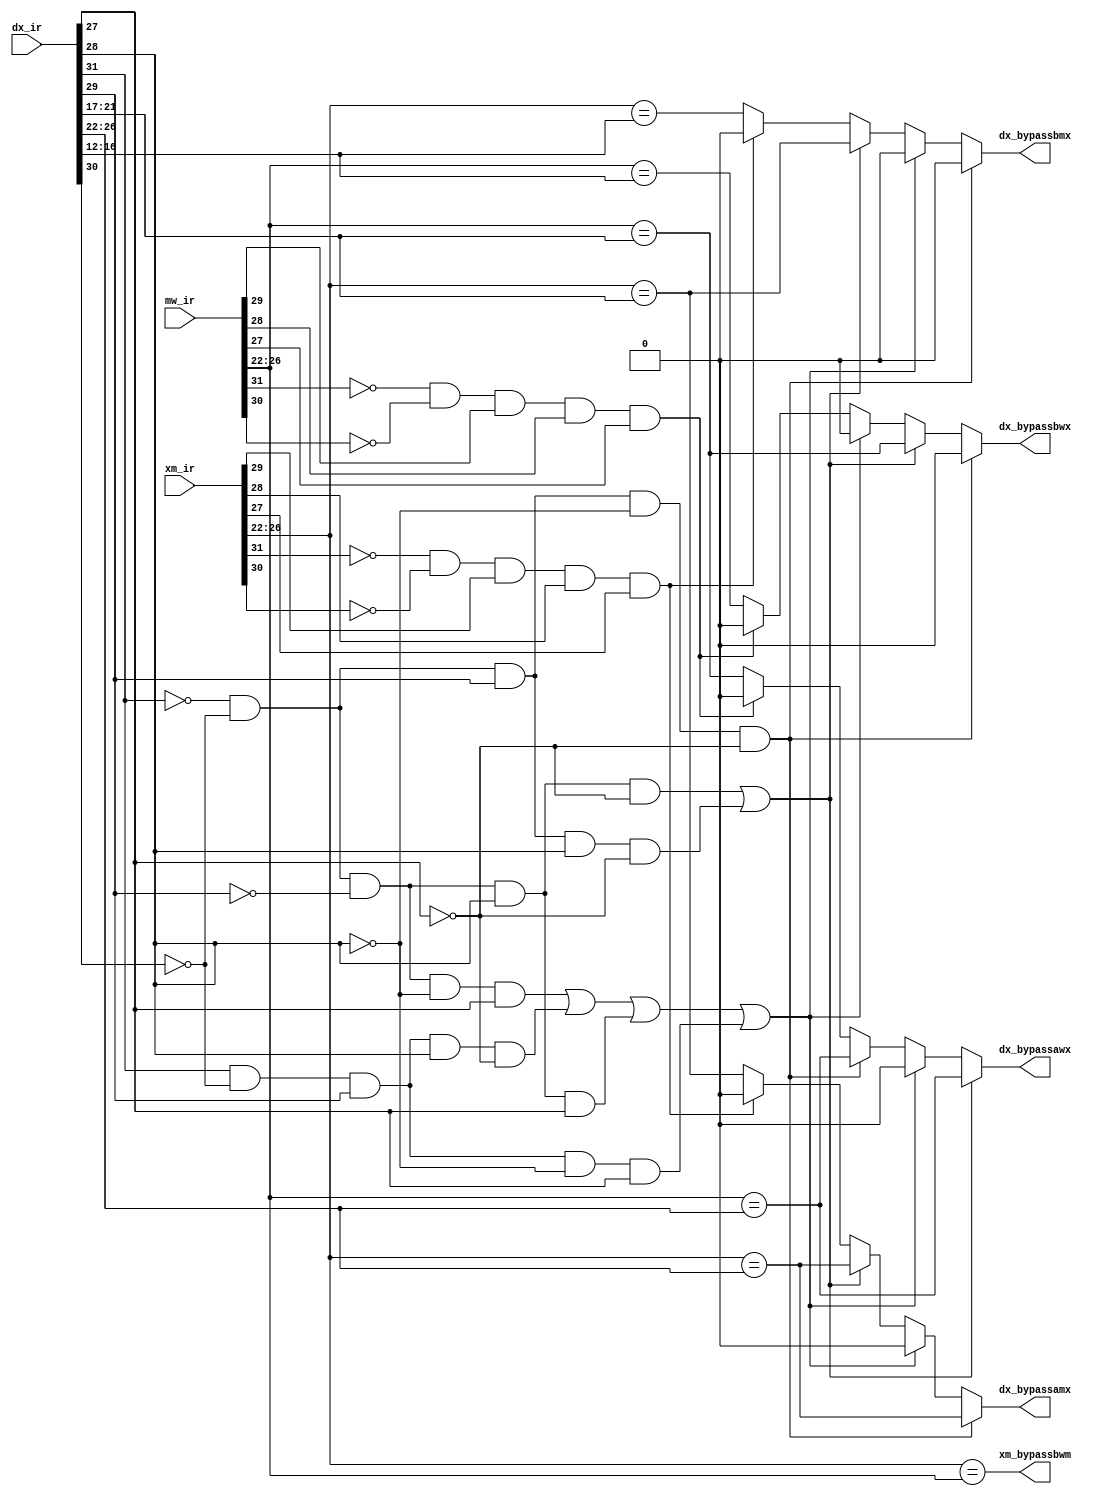
module BypassControlBlock(dx_ir,xm_ir,mw_ir,dx_bypassawx,dx_bypassamx,dx_bypassbwx,dx_bypassbmx,xm_bypassbwm);

    input[31:0] dx_ir,xm_ir,mw_ir;
    output dx_bypassawx,dx_bypassamx,dx_bypassbwx,dx_bypassbmx;
    output xm_bypassbwm;
    wire w1,w2,dx_bypassamx_temp,dx_bypassbmx_temp,dx_bypassawx_temp,dx_bypassbwx_temp;
    wire check_dxj,check_dxbne,check_dxblt,check_dxbex,check_dxjal,check_dxjr,check_dxsetx;
    wire ji_instr,i_instr,jii_instr,dx_bypassamx_temp2,dx_bypassamx_temp3,dx_bypassamx_temp4;
    wire dx_bypassawx_temp2,dx_bypassawx_temp3,dx_bypassawx_temp4;

    and and_j(check_dxj, ~dx_ir[31], ~dx_ir[30], ~dx_ir[29], ~dx_ir[28], dx_ir[27]);      
    and and_bne(check_dxbne, ~dx_ir[31], ~dx_ir[30], ~dx_ir[29], dx_ir[28], ~dx_ir[27]);
    and and_blt(check_dxblt, ~dx_ir[31], ~dx_ir[30], dx_ir[29], dx_ir[28], ~dx_ir[27]);     
    and and_bex(check_dxbex, dx_ir[31], ~dx_ir[30], dx_ir[29], dx_ir[28], ~dx_ir[27]);
    and and_setx(check_dxsetx, dx_ir[31], ~dx_ir[30], dx_ir[29], ~dx_ir[28], dx_ir[27]);       
    and and_jal(check_dxjal, ~dx_ir[31], ~dx_ir[30], ~dx_ir[29], dx_ir[28], dx_ir[27]);     
    and and_jr(check_dxjr, ~dx_ir[31], ~dx_ir[30], dx_ir[29], ~dx_ir[28], ~dx_ir[27]);

    or ji_type(ji_instr,check_dxj,check_dxbex,check_dxjal,check_dxsetx);
    or i_type(i_instr,check_dxbne,check_dxblt); 
    assign jii_instr = check_dxjr;    
        
    and sw_truthtable_dx(w1,~xm_ir[31],~xm_ir[30],xm_ir[29],xm_ir[28],xm_ir[27]);
    and sw_truthtable_wx(w2,~mw_ir[31],~mw_ir[30],mw_ir[29],mw_ir[28],mw_ir[27]);


    assign dx_bypassawx_temp = mw_ir[26:22] == dx_ir[21:17];
    assign dx_bypassawx_temp2 = w2 ? 1'b0 : dx_bypassawx_temp;
    assign dx_bypassawx_temp3 = jii_instr ? mw_ir[26:22] == dx_ir[26:22] : dx_bypassawx_temp2;
    assign dx_bypassawx_temp4 = ji_instr ?  1'b0 : dx_bypassawx_temp3;
    assign dx_bypassawx = i_instr ? mw_ir[26:22] == dx_ir[26:22] : dx_bypassawx_temp4;


    assign dx_bypassamx_temp = xm_ir[26:22] == dx_ir[21:17];
    assign dx_bypassamx_temp2 = w1 ? 1'b0 : dx_bypassamx_temp;
    assign dx_bypassamx_temp3 = i_instr ? xm_ir[26:22] == dx_ir[26:22] : dx_bypassamx_temp2;
    assign dx_bypassamx_temp4 = ji_instr ? 1'b0 : dx_bypassamx_temp3;
    assign dx_bypassamx = jii_instr ? xm_ir[26:22] == dx_ir[26:22] : dx_bypassamx_temp4;




    wire dx_bypassbmx_temp2,dx_bypassbmx_temp3,dx_bypassbmx_temp4;
    wire dx_bypassbwx_temp2,dx_bypassbwx_temp3,dx_bypassbwx_temp4;

    assign dx_bypassbwx_temp = mw_ir[26:22] == dx_ir[16:12];
    assign dx_bypassbwx_temp2 = w2 ? 1'b0 : dx_bypassbwx_temp;
    assign dx_bypassbwx_temp3 = ji_instr ? 1'b0 : dx_bypassbwx_temp2;
    assign dx_bypassbwx_temp4 = i_instr ? mw_ir[26:22] == dx_ir[21:17] : dx_bypassbwx_temp3;
    assign dx_bypassbwx = jii_instr ? 1'b0 : dx_bypassbwx_temp4;



    assign dx_bypassbmx_temp = xm_ir[26:22] == dx_ir[16:12];
    assign dx_bypassbmx_temp2 = w1 ? 1'b0 : dx_bypassbmx_temp;
    assign dx_bypassbmx_temp3 = i_instr ? xm_ir[26:22] == dx_ir[21:17] : dx_bypassbmx_temp2;
    assign dx_bypassbmx_temp4 = ji_instr ? 1'b0 : dx_bypassbmx_temp3;
    assign dx_bypassbmx = jii_instr ? 1'b0 : dx_bypassbmx_temp4;



    assign xm_bypassbwm = xm_ir[26:22] == mw_ir[26:22];



endmodule